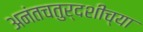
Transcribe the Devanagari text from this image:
अनंतचतुर्दशीच्या